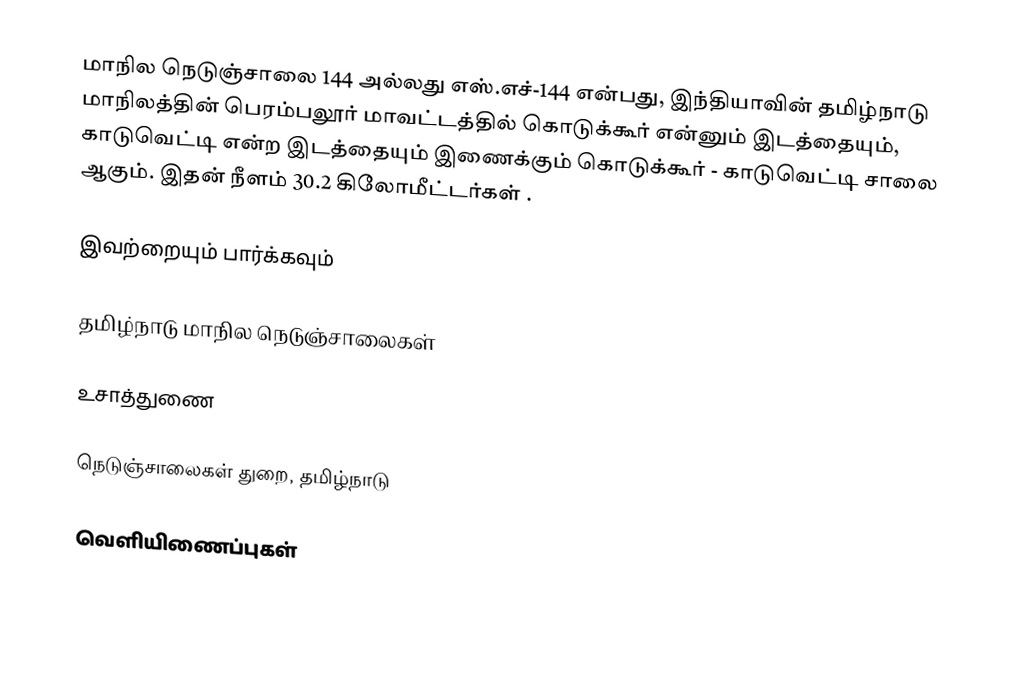
மாநில நெடுஞ்சாலை 144 அல்லது எஸ்.எச்-144  என்பது, இந்தியாவின் தமிழ்நாடு மாநிலத்தின்  பெரம்பலூர் மாவட்டத்தில்  கொடுக்கூர்  என்னும் இடத்தையும், காடுவெட்டி  என்ற இடத்தையும் இணைக்கும் கொடுக்கூர் - காடுவெட்டி சாலை ஆகும். இதன் நீளம் 30.2  கிலோமீட்டர்கள் .

இவற்றையும் பார்க்கவும்

 தமிழ்நாடு மாநில நெடுஞ்சாலைகள்

உசாத்துணை

 நெடுஞ்சாலைகள் துறை, தமிழ்நாடு

வெளியிணைப்புகள்